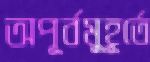
অপূর্বমুহূর্তে